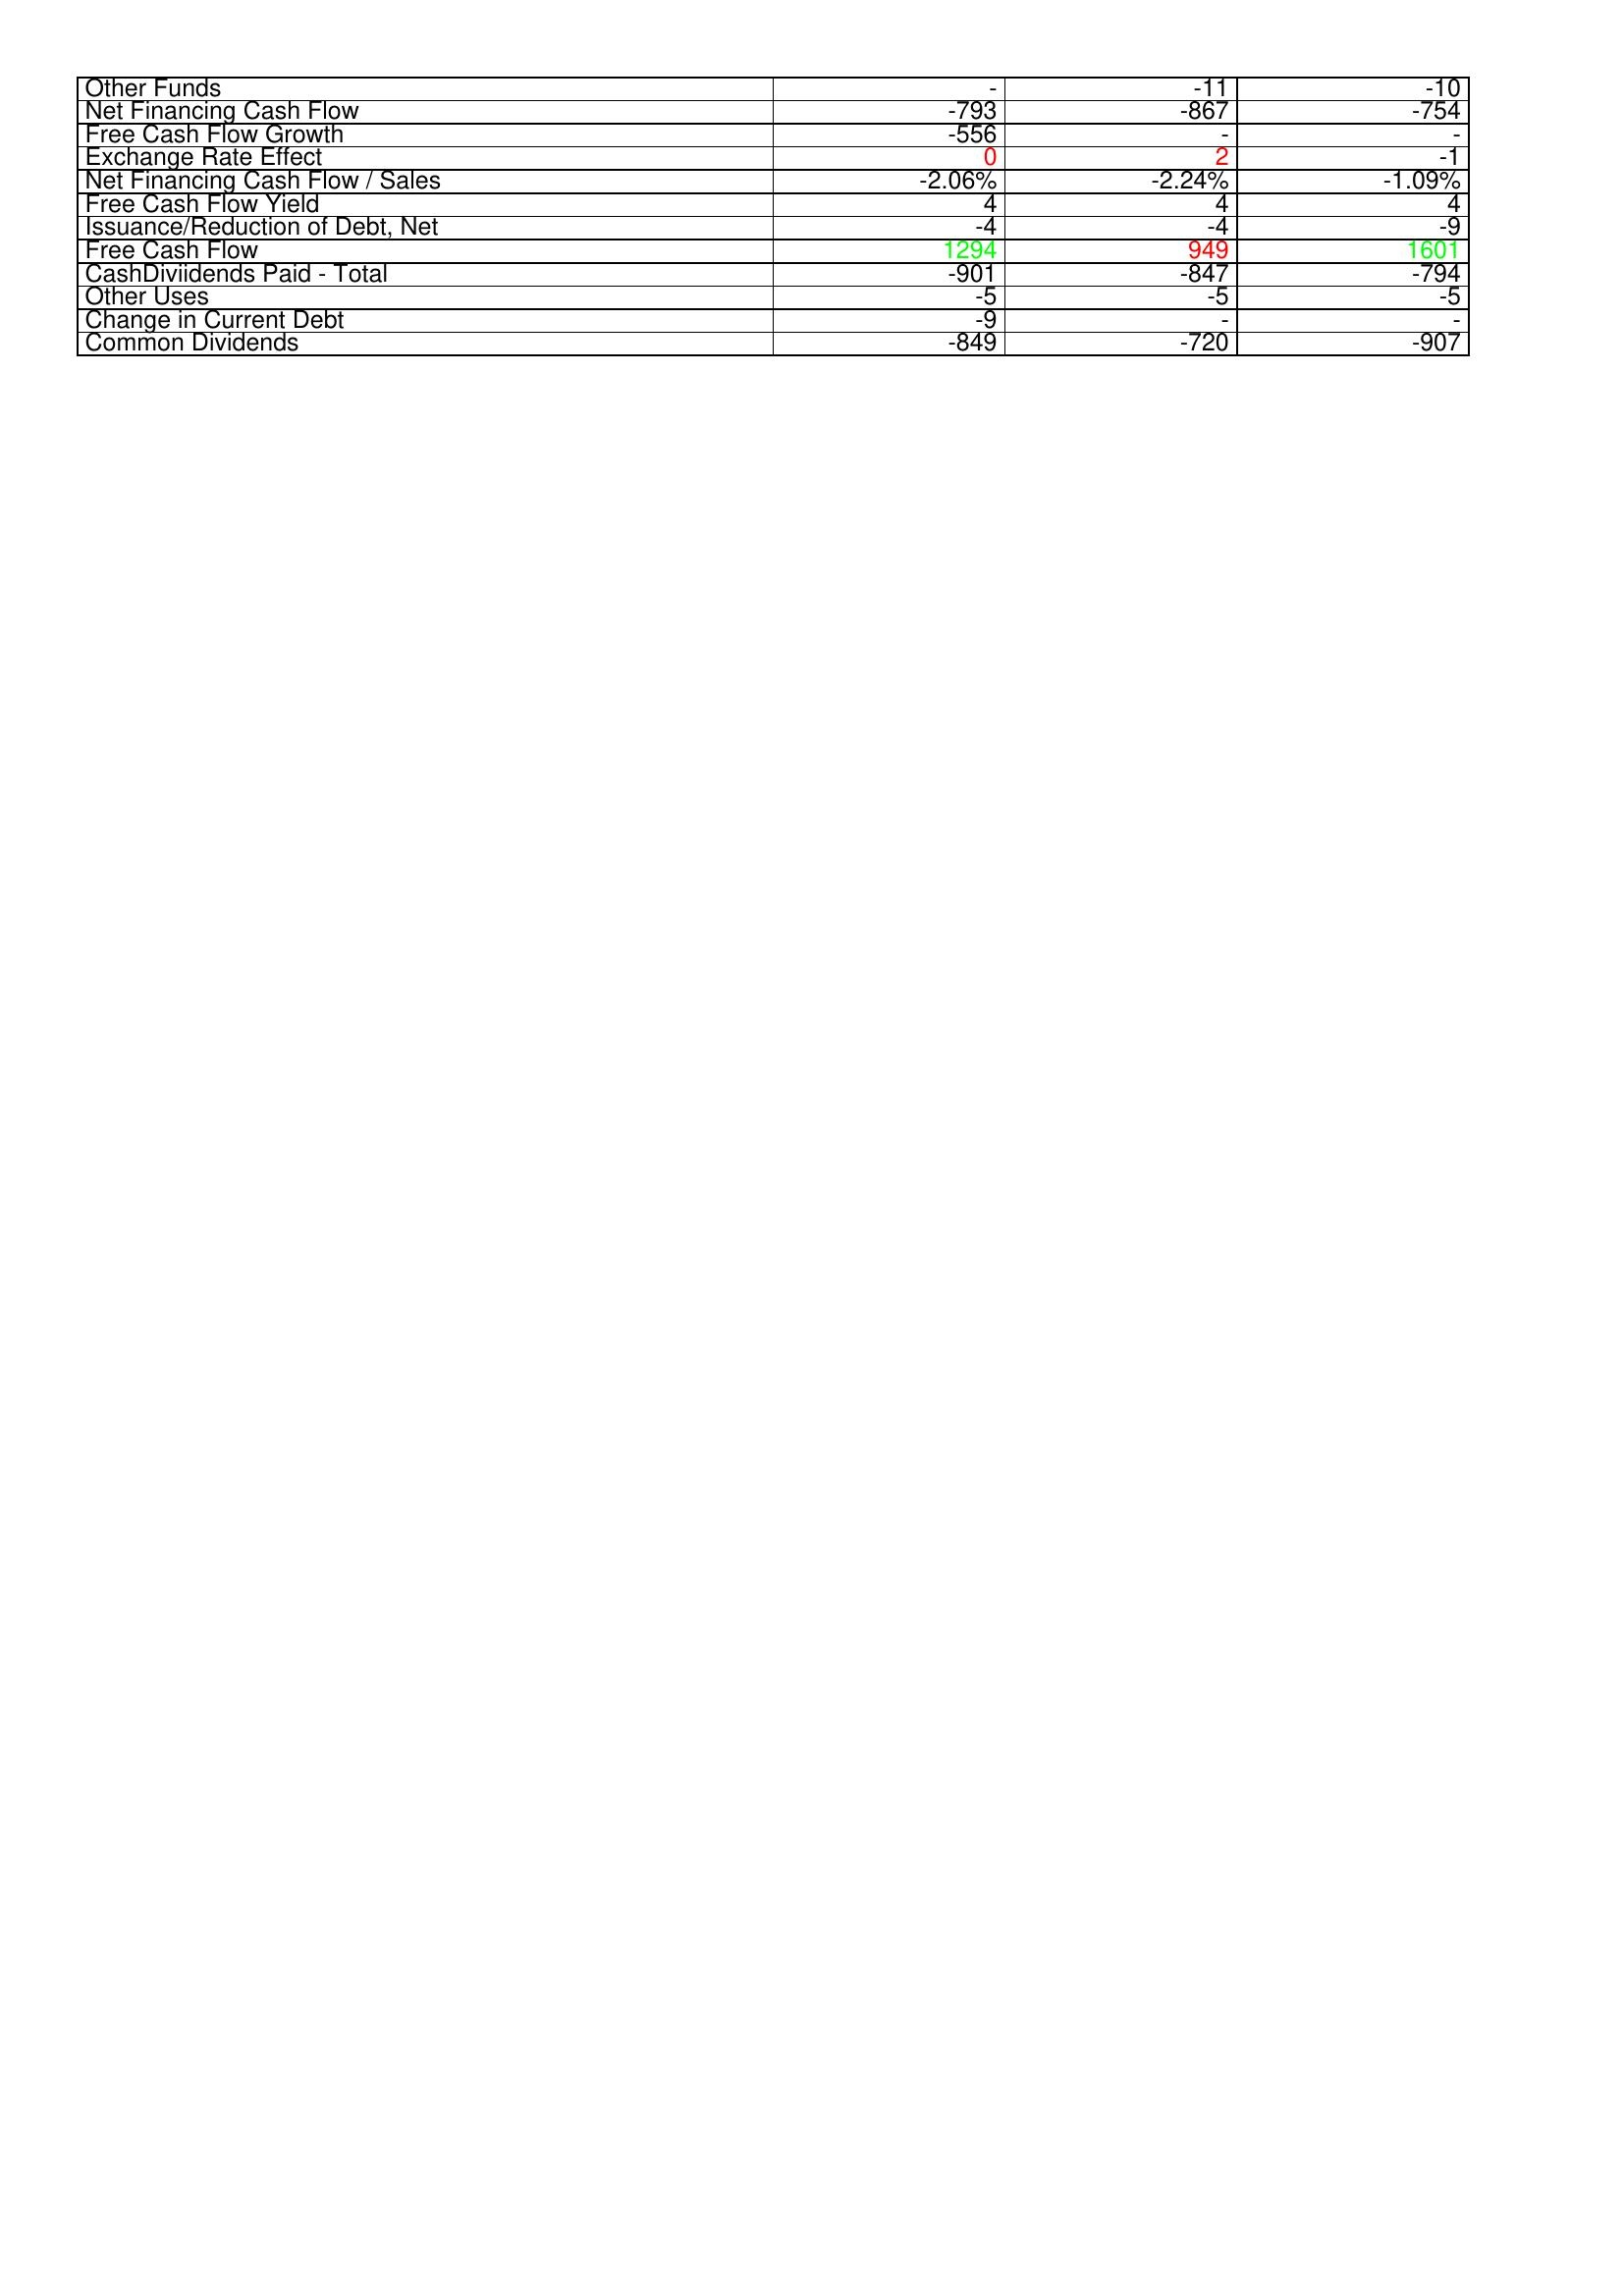
gt_parse: 2009: Financing Activities: Other Funds: -
Net Financing Cash Flow: -793
Free Cash Flow Growth: -556
Exchange Rate Effect: 0
Net Financing Cash Flow / Sales: -2.06%
Free Cash Flow Yield: 4
Issuance/Reduction of Debt, Net: -4
Free Cash Flow: 1294
CashDiviidends Paid - Total: -901
Other Uses: -5
Change in Current Debt: -9
Common Dividends: -849
2010: Financing Activities: Other Funds: -11
Net Financing Cash Flow: -867
Free Cash Flow Growth: -
Exchange Rate Effect: 2
Net Financing Cash Flow / Sales: -2.24%
Free Cash Flow Yield: 4
Issuance/Reduction of Debt, Net: -4
Free Cash Flow: 949
CashDiviidends Paid - Total: -847
Other Uses: -5
Change in Current Debt: -
Common Dividends: -720
2011: Financing Activities: Other Funds: -10
Net Financing Cash Flow: -754
Free Cash Flow Growth: -
Exchange Rate Effect: -1
Net Financing Cash Flow / Sales: -1.09%
Free Cash Flow Yield: 4
Issuance/Reduction of Debt, Net: -9
Free Cash Flow: 1601
CashDiviidends Paid - Total: -794
Other Uses: -5
Change in Current Debt: -
Common Dividends: -907